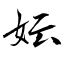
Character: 妘